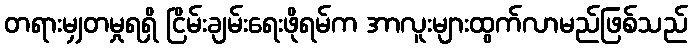
တရားမျှတမှုရရှိ ငြိမ်းချမ်းရေးဖိုရမ်က အာလူးများထွက်လာမည်ဖြစ်သည်